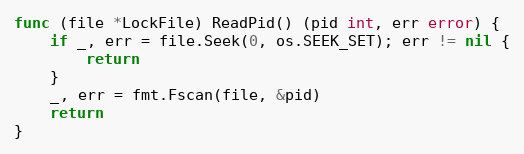
Language: Go
func (file *LockFile) ReadPid() (pid int, err error) {
	if _, err = file.Seek(0, os.SEEK_SET); err != nil {
		return
	}
	_, err = fmt.Fscan(file, &pid)
	return
}